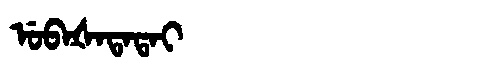
Manchu: ᡠᠪᠠᡧᠠᡨᠠᡨᠠᡳ
Romanization: UBAŠATATAI